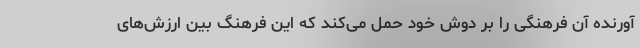
آورنده آن فرهنگی را بر دوش خود حمل می‌کند که این فرهنگ بین ارزش‌های